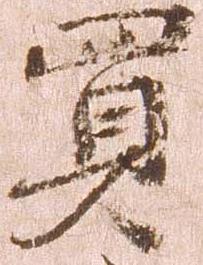
買